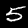
Digit: 5